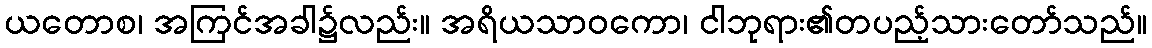
ယတောစ၊ အကြင်အခါ၌လည်း။ အရိယသာဝကော၊ ငါဘုရား၏တပည့်သားတော်သည်။